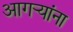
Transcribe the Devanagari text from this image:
आगर्‍यांना